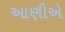
આણીએ